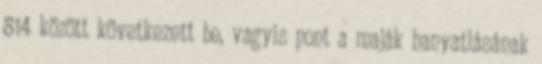
814 között következett be, vagyis pont a maják hanyatlásának